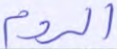
الروم